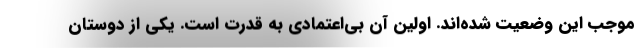
موجب این وضعیت شده‌اند. اولین آن بی‌اعتمادی به قدرت است. یکی از دوستان